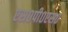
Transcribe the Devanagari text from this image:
एस०पी०एस०